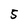
Character: 5